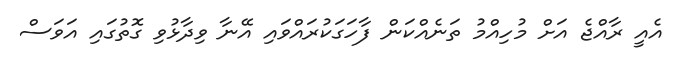
އެއީ ރާއްޖެ އަށް މުހިއްމު ތަނެއްކަން ފާހަގަކުރައްވައި އޭނާ ވިދާޅުވި ގޮތުގައި އަވަސް